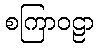
စကြာဝဠာ